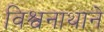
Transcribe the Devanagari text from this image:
विश्वनाथाने